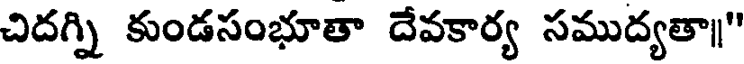
చిదగ్ని కుండసంభూతా దేవకార్య సముద్యతా"